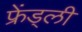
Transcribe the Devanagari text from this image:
फ्रेंड्ली